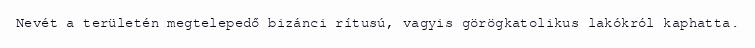
Nevét a területén megtelepedő bizánci rítusú, vagyis görögkatolikus lakókról kaphatta.